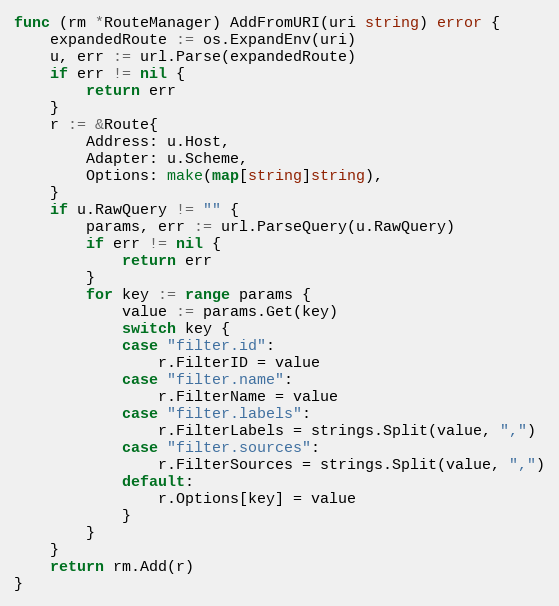
Language: Go
func (rm *RouteManager) AddFromURI(uri string) error {
	expandedRoute := os.ExpandEnv(uri)
	u, err := url.Parse(expandedRoute)
	if err != nil {
		return err
	}
	r := &Route{
		Address: u.Host,
		Adapter: u.Scheme,
		Options: make(map[string]string),
	}
	if u.RawQuery != "" {
		params, err := url.ParseQuery(u.RawQuery)
		if err != nil {
			return err
		}
		for key := range params {
			value := params.Get(key)
			switch key {
			case "filter.id":
				r.FilterID = value
			case "filter.name":
				r.FilterName = value
			case "filter.labels":
				r.FilterLabels = strings.Split(value, ",")
			case "filter.sources":
				r.FilterSources = strings.Split(value, ",")
			default:
				r.Options[key] = value
			}
		}
	}
	return rm.Add(r)
}